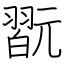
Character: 翫